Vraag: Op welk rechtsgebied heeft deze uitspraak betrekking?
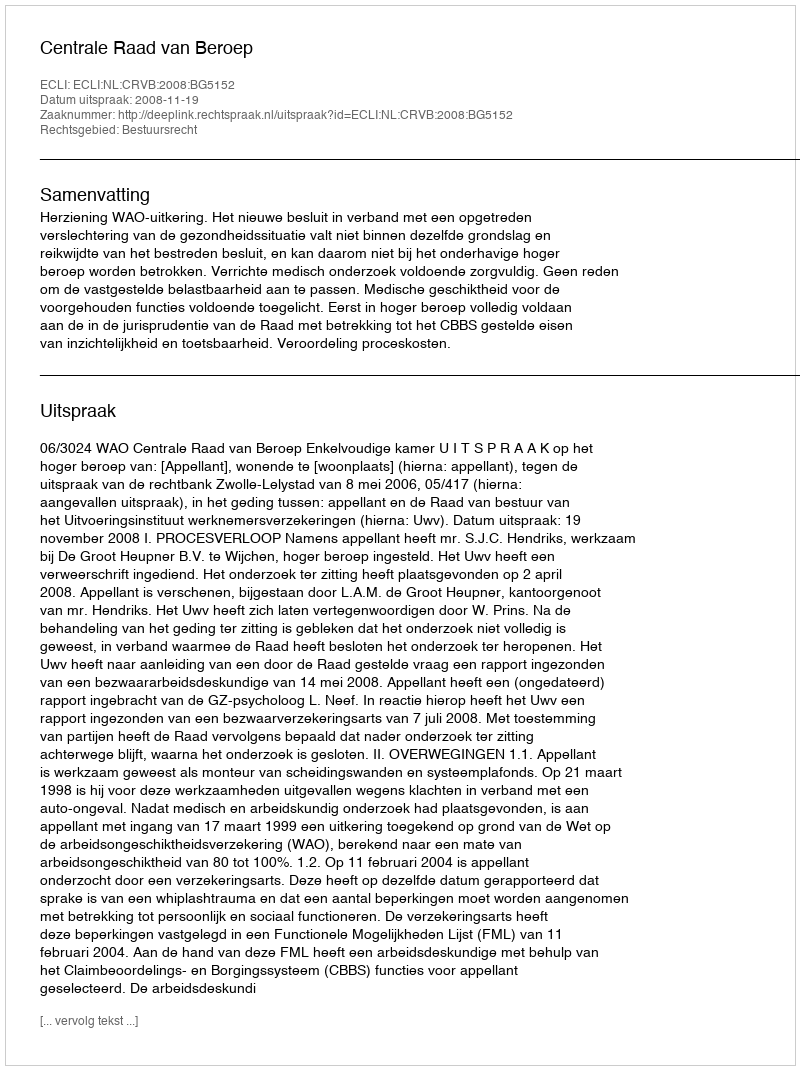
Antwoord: Bestuursrecht